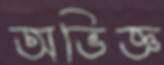
অভিজ্ঞ